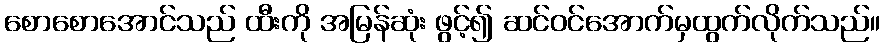
စောစောအောင်သည် ထီးကို အမြန်ဆုံး ဖွင့်၍ ဆင်ဝင်အောက်မှထွက်လိုက်သည်။